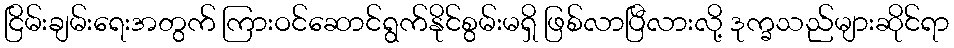
ငြိမ်းချမ်းရေးအတွက် ကြားဝင်ဆောင်ရွက်နိုင်စွမ်းမရှိ ဖြစ်လာပြီလားလို့ ဒုက္ခသည်များဆိုင်ရာ